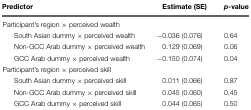
<table><thead><tr><td><b>Predictor</b></td><td><b>Estimate (SE)</b></td><td><b><i>p</i>-value</b></td></tr></thead><tbody><tr><td colspan="3">Participant’s region × perceived wealth</td></tr><tr><td>South Asian dummy × perceived wealth</td><td>-0.036 (0.076)</td><td>0.64</td></tr><tr><td>Non-GCC Arab dummy × perceived wealth</td><td>0.129 (0.069)</td><td>0.06</td></tr><tr><td>GCC Arab dummy × perceived wealth</td><td>-0.150 (0.074)</td><td>0.04</td></tr><tr><td colspan="3">Participant’s region × perceived skill</td></tr><tr><td>South Asian dummy × perceived skill</td><td>0.011 (0.066)</td><td>0.87</td></tr><tr><td>Non-GCC Arab dummy × perceived skill</td><td>0.045 (0.060)</td><td>0.45</td></tr><tr><td>GCC Arab dummy × perceived skill</td><td>0.044 (0.065)</td><td>0.50</td></tr></tbody></table>